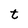
Character: t